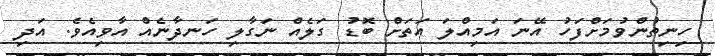
ހިނިތުންވުމަށްފަހު އޭނަ އަމިއްލަ އަތަށް ބޮޑު ގަލެއް ނަގާލި ހަނދާނެއް އާވިއެވެ. އަދި